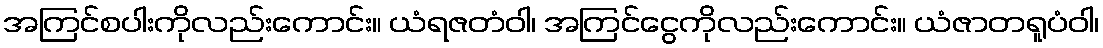
အကြင်စပါးကိုလည်းကောင်း။ ယံရဇတံဝါ၊ အကြင်ငွေကိုလည်းကောင်း။ ယံဇာတရူပံဝါ၊